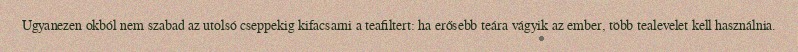
Ugyanezen okból nem szabad az utolsó cseppekig kifacsarni a teafiltert: ha erősebb teára vágyik az ember, több tealevelet kell használnia.